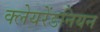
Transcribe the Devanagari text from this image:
क्लेयरेंडनियन